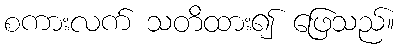
စကားလက် သတိထား၍ ဖြေသည်။